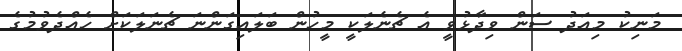
މަނިކު މިއަދު ސަން ވިދާޅުވީ އެ ޗެނެލަކީ މީހުން ބަލައިގަންނަ ޗެނަލަކަށް ހެއްދެވުމުގެ